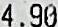
4.90